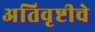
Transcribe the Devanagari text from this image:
अतिवृष्टीचे